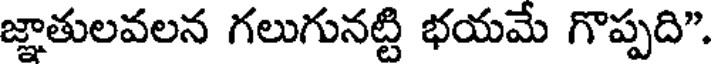
జ్ఞాతులవలన గలుగునట్టి భయమే గొప్పది".